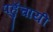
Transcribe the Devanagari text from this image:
पहुॅचायी